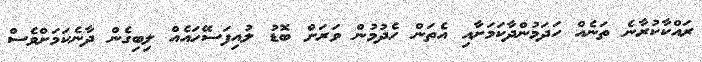
ރައްކާކުރާނެ ތަނެއް ހަދަމުންދާކަމަށާއި އެތަން ހެދުމުން ވަރަށް ބޮޑު ލުއިފަސޭހައެއް ލިބިގެން ދާނެކަމަށްވެސް